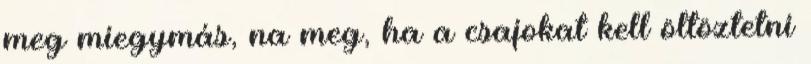
meg miegymás, na meg, ha a csajokat kell öltöztetni